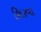
શિરવા